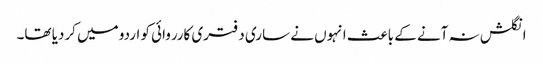
انگلش نہ آنے کے باعث انہوں نے ساری دفتری کارروائی کو اردو میں کردیا تھا۔